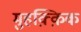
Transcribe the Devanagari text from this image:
मुहक़्क़िक